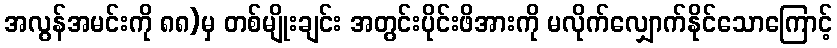
အလွန်အမင်းကို ၈၈)မှ တစ်မျိုးချင်း အတွင်းပိုင်းဖိအားကို မလိုက်လျှောက်နိုင်သောကြောင့်